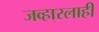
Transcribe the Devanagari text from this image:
जव्हारलाही